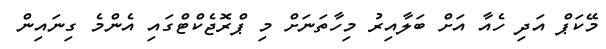
މޭކަޕް އަދި ހެއާ އަށް ބަލާއިރު މިހާތަނަށް މި ޕްރޮޖެކްޓްގައި އެންމެ ގިނައިން